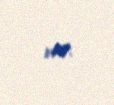
var.